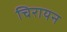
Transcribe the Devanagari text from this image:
चिरायन